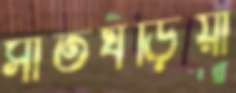
সাতঘড়িয়া